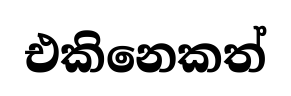
එකිනෙකත්